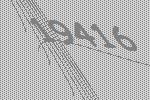
19416